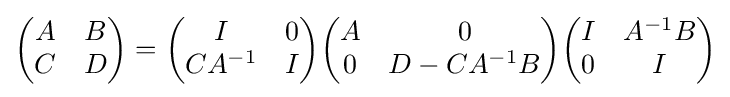
{\begin{pmatrix}A&B\\C&D\end{pmatrix}}={\begin{pmatrix}I&0\\CA^{-1}&I\end{pmatrix}}{\begin{pmatrix}A&0\\0&D-CA^{-1}B\end{pmatrix}}{\begin{pmatrix}I&A^{-1}B\\0&I\end{pmatrix}}